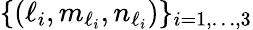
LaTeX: \{ (\ell_{i},m_{\ell_{i}},n_{\ell_{i}})\} _{i=1,\ldots,3}